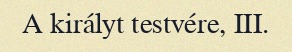
A királyt testvére, III.